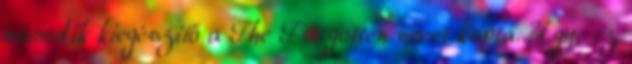
második kiegészítő a The Forgotten nevet kapta. Ugye ez